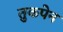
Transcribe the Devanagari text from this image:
तुकपेन